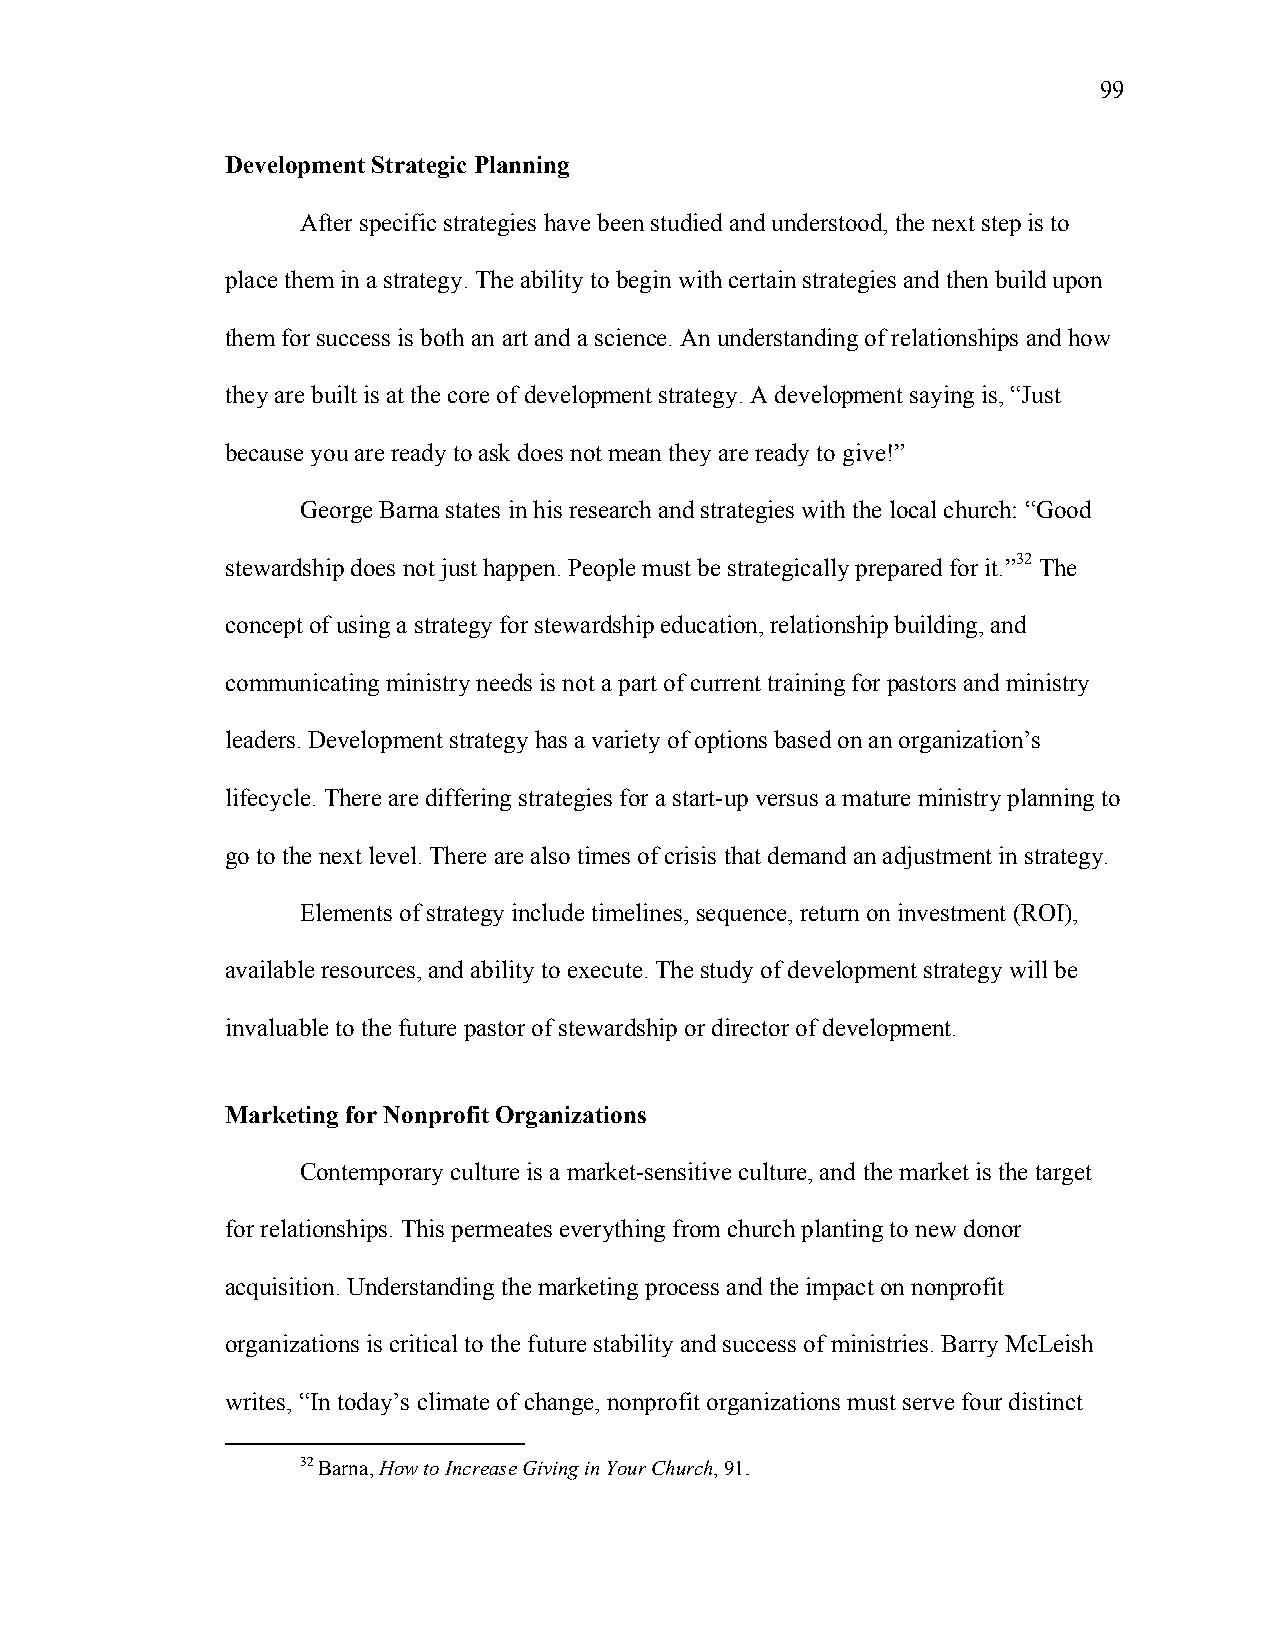
99
 Development Strategic Planning
 After specific strategies have been studied and understood, the next step is to
 place them in a strategy. The ability to begin with certain strategies and then build upon
 them for success is both an art and a science. An understanding of relationships and how
 they are built is at the core of development strategy. A development saying is, “Just
 because you are ready to ask does not mean they are ready to give!”
 George Barna states in his research and strategies with the local church: “Good
 stewardship does not just happen. People must be strategically prepared for it.”32 The
 concept of using a strategy for stewardship education, relationship building, and
 communicating ministry needs is not a part of current training for pastors and ministry
 leaders. Development strategy has a variety of options based on an organization’s
 lifecycle. There are differing strategies for a start-up versus a mature ministry planning to
 go to the next level. There are also times of crisis that demand an adjustment in strategy.
 Elements of strategy include timelines, sequence, return on investment (ROI),
 available resources, and ability to execute. The study of development strategy will be
 invaluable to the future pastor of stewardship or director of development.
 Marketing for Nonprofit Organizations
 Contemporary culture is a market-sensitive culture, and the market is the target
 for relationships. This permeates everything from church planting to new donor
 acquisition. Understanding the marketing process and the impact on nonprofit
 organizations is critical to the future stability and success of ministries. Barry McLeish
 writes, “In today’s climate of change, nonprofit organizations must serve four distinct
 32 Barna, How to Increase Giving in Your Church, 91.